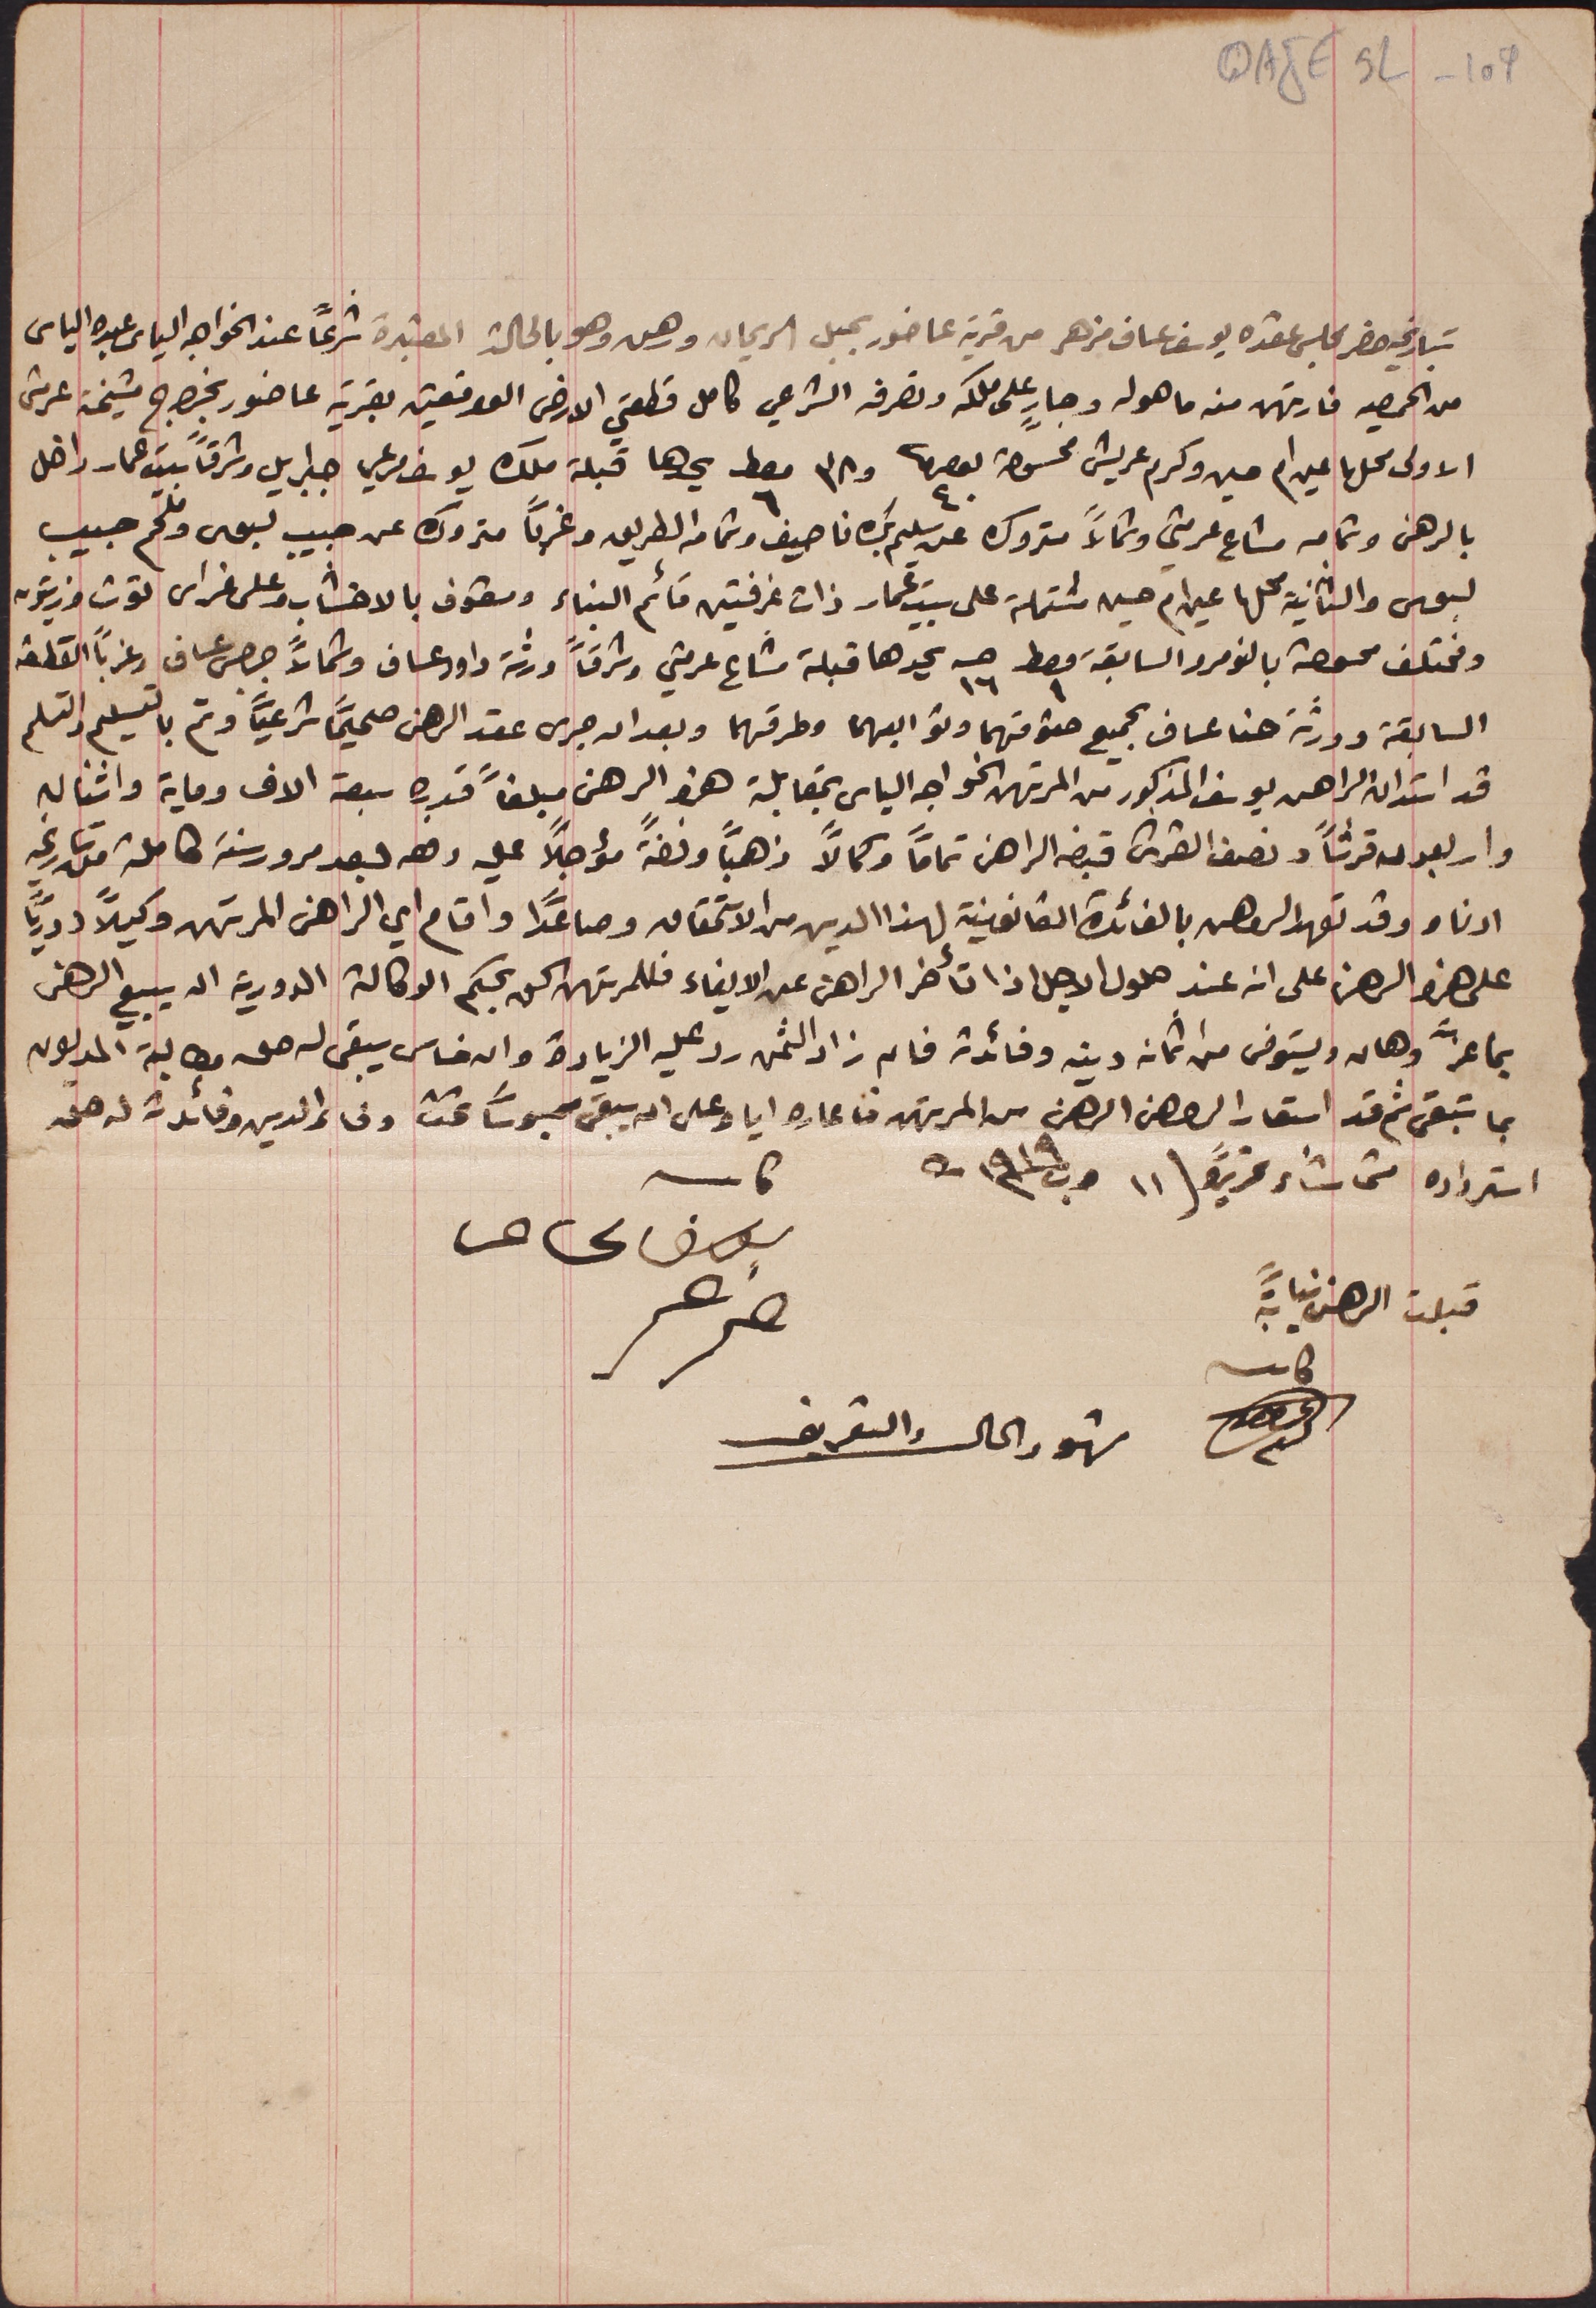
QAJE 5L-109
بتاريخه حضر مجلس عقده يوسف عساف مزهر من قرية عاضور بجبل الريحان ورهن وهو بالحالة المعتبره شرعاً عند الخواجه الياس عبده الياس
الاولى محلها عين ام حسين وكرم عريش ممسوحة نمرو ٤٠ و٣٨ معط ٦ يحدها قبلة ملك يوسف مرعي جبرايل وشرقاً بيت عمار داخل
لبوس والثانية محلها عين ام حسين مشتملة على بيت عمار ذات غرفتين قائم البناء ومسقوف بالاخشاب وعلى غراس توت وزيتون
بالرهن وتمامه مشاع عرمتى وشمالاً متروك عن سليم بك ناصيف وتمامه الطريق وغرباً متروك عن حبيب لبوس وملحم حبيب
ومختلف ممسوحة بالنومرو السابقة معط ١ حىه ١٦ يحدها قبلة مشاع عرمتى وشرقاً ورثة داود عساف وشمالاً جرجس عساف وغرباً القطعة
السابقة وورثة حنا عساف بجميع حقوقهما وتوابعهما وطرقهما وبعد ان جرى عقد الرهن صحيحاً شرعياً وتم بالتسليم والتسلم
قد استدان الراهن يوسف المذكور من المرتهن الخواجه الياس بمقابلة هذا الرهن مبلغاً قدره سبعة الاف وماية واثنان
واربعون قرشاً ونصف القرش قبضه الراهن تماماً وكمالاً ذهباً وفضةً مؤجلاً عليه  دفعه بعد مرور سنة كاملة من تاريخه
ادناه وقد تعهد الراهن بالفائدة القانونية لهذا الدين من الاستحقاق وصاعداً واقام اي الراهن المرتهن وكيلاً دورياً
على هذا الرهن على انه عند حلول الاجل اذا تأخر الراهن عن الايفاء فللمرتهن الحق بحكم الوكالة الدورية ان يبيع الرهن
بما عزَّ وهان ويستوفى من اثمان دينه وفائدة فان زاد الثمن رد عليه الزيادة وان خاس يبقى له حق مطالبة المديون
بما تبقى ثم قد استعار الراهن الرهن من المرتهن فاعاره اياه على ان يبقى محبوساً تحت وفاء الدين وفائدة له حق
استرداده متى شاء تحريراً ١١ ت١ ١٩١٩
كاتب يوسف عساف مزهر
قبلت الرهن نيابةً
شهود الحال والتعريف
كاتب
من الحميصه فارتهن منه ما هو له وجارٍ على ملكه وتصرفه الشرعي كامل قطعتي الارض الواقعتين بقرية عاضور بخراج مشيخة عرمتى